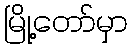
မြို့တော်မှာ